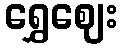
ရွှေဈေး